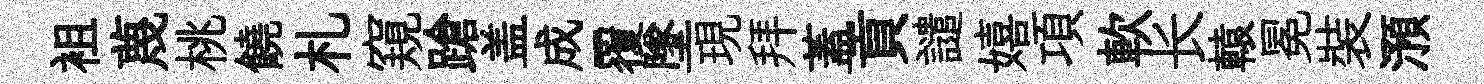
袓蔑桃饒札窺蹌盖成覆墜現拜蓋貢譴嬉項軟长轅冕裝澦